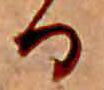
る